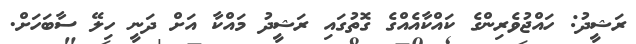
ރަޝީދު: ހައްޖުވެރިންގެ ކައްކާއެއްގެ ގޮތުގައި ރަޝީދު މައްކާ އަށް ދަނީ ހިލޭ ސާބަހަށް.